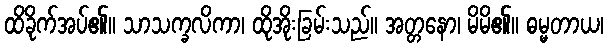
ထိခိုက်အပ်၏။ သာသက္ခလိကာ၊ ထိုအိုးခြမ်းသည်။ အတ္တနော၊ မိမိ၏။ ဓမ္မတာယ၊